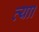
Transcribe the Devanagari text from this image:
त्याा